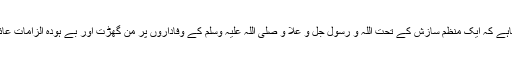
آج ماحول ایسا ہوگیاہے کہ ایک منظم سازش کے تحت اللہ و رسول جل و علا و صلی اللہ علیہ وسلم کے وفاداروں پر من گھڑت اور بے ہودہ الزامات عائد کیے جارہے ہیں۔